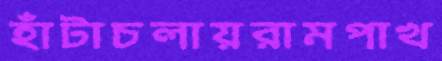
হাঁটাচলায়রামপাখ